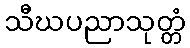
သီဃပညာသုတ္တံ